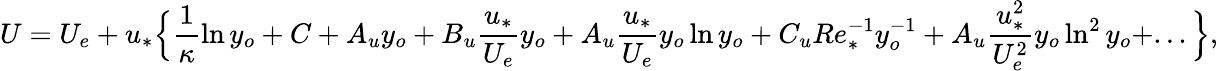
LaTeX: U=U_{e}+u_{*}\Big\{ \frac{1}{\kappa}\ln y_{o}+C+A_{u}y_{o}+B_{u}\frac{u_{*}}{U_{e}}y_{o}+A_{u}\frac{u_{*}}{U_{e}}y_{o}\ln y_{o}+C_{u}Re_{*}^{-1}y_{o}^{-1}+A_{u}\frac{u_{*}^{2}}{U_{e}^{2}}y_{o}\ln^{2}y_{o}+...\Big\} ,